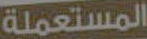
المستعملة